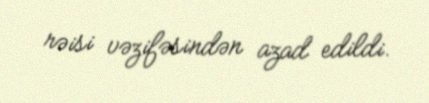
rəisi vəzifəsindən azad edildi.